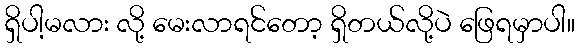
ရှိပါ့မလား လို့ မေးလာရင်တော့ ရှိတယ်လို့ပဲ ဖြေရမှာပါ။